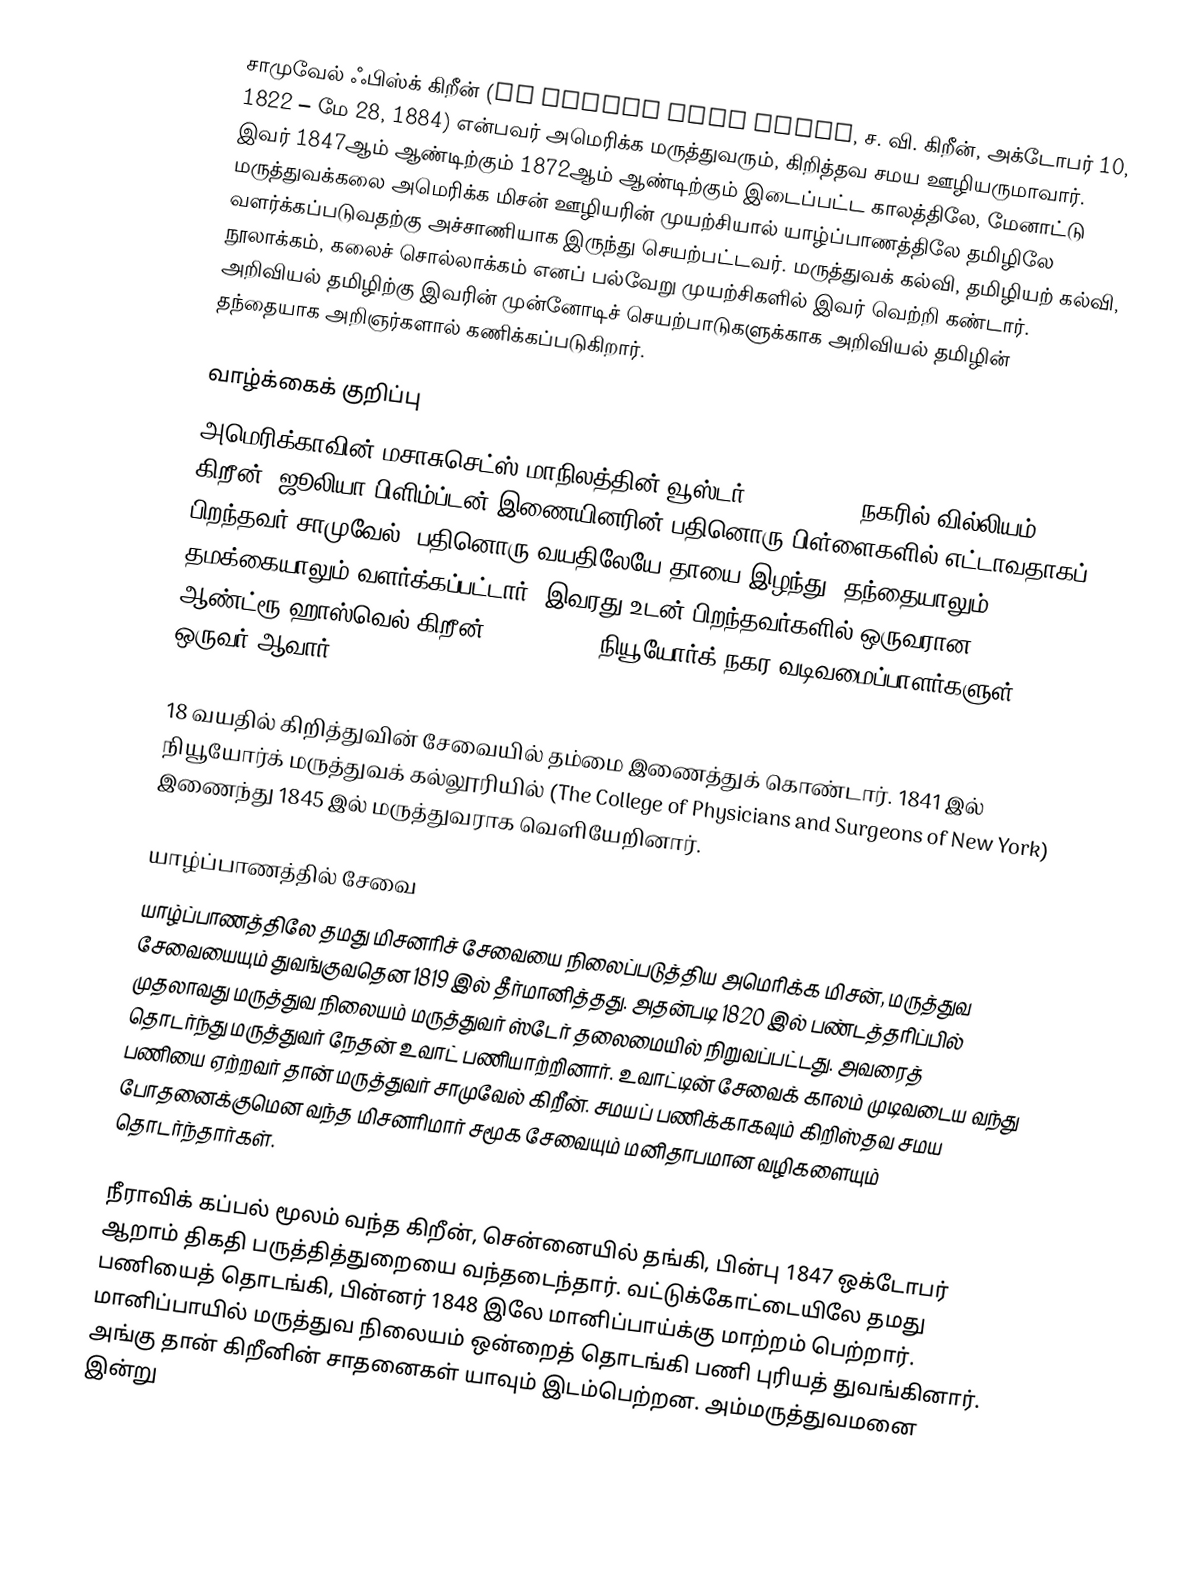
சாமுவேல் ஃபிஸ்க் கிறீன் (Dr Samuel Fisk Green, ச. வி. கிறீன், அக்டோபர் 10, 1822 – மே 28, 1884) என்பவர் அமெரிக்க மருத்துவரும், கிறித்தவ சமய ஊழியருமாவார். இவர் 1847ஆம் ஆண்டிற்கும் 1872ஆம் ஆண்டிற்கும் இடைப்பட்ட காலத்திலே, மேனாட்டு மருத்துவக்கலை அமெரிக்க மிசன் ஊழியரின் முயற்சியால் யாழ்ப்பாணத்திலே தமிழிலே வளர்க்கப்படுவதற்கு அச்சாணியாக இருந்து செயற்பட்டவர். மருத்துவக் கல்வி, தமிழியற் கல்வி, நூலாக்கம், கலைச் சொல்லாக்கம் எனப் பல்வேறு முயற்சிகளில் இவர் வெற்றி கண்டார். அறிவியல் தமிழிற்கு இவரின் முன்னோடிச் செயற்பாடுகளுக்காக அறிவியல் தமிழின் தந்தையாக அறிஞர்களால் கணிக்கப்படுகிறார்.

வாழ்க்கைக் குறிப்பு
அமெரிக்காவின் மசாசுசெட்ஸ் மாநிலத்தின் வூஸ்டர் (Worcester) நகரில் வில்லியம் கிறீன், ஜூலியா பிளிம்ப்டன் இணையினரின் பதினொரு பிள்ளைகளில் எட்டாவதாகப் பிறந்தவர் சாமுவேல். பதினொரு வயதிலேயே தாயை இழந்து, தந்தையாலும் தமக்கையாலும் வளர்க்கப்பட்டார். இவரது உடன் பிறந்தவர்களில் ஒருவரான ஆண்ட்ரூ ஹாஸ்வெல் கிறீன் (1820–1903) நியூயோர்க் நகர வடிவமைப்பாளர்களுள் ஒருவர் ஆவார்.

18 வயதில் கிறித்துவின் சேவையில் தம்மை இணைத்துக் கொண்டார். 1841 இல் நியூயோர்க் மருத்துவக் கல்லூரியில் (The College of Physicians and Surgeons of New York) இணைந்து 1845 இல் மருத்துவராக வெளியேறினார்.

யாழ்ப்பாணத்தில் சேவை
யாழ்ப்பாணத்திலே தமது மிசனரிச் சேவையை நிலைப்படுத்திய அமெரிக்க மிசன், மருத்துவ சேவையையும் துவங்குவதென 1819 இல் தீர்மானித்தது. அதன்படி 1820 இல் பண்டத்தரிப்பில் முதலாவது மருத்துவ நிலையம் மருத்துவர் ஸ்டேர் தலைமையில் நிறுவப்பட்டது. அவரைத் தொடர்ந்து மருத்துவர் நேதன் உவாட் பணியாற்றினார். உவாட்டின் சேவைக் காலம் முடிவடைய வந்து பணியை ஏற்றவர் தான் மருத்துவர் சாமுவேல் கிறீன். சமயப் பணிக்காகவும் கிறிஸ்தவ சமய போதனைக்குமென வந்த மிசனரிமார் சமூக சேவையும் மனிதாபமான வழிகளையும் தொடர்ந்தார்கள்.

நீராவிக் கப்பல் மூலம் வந்த கிறீன், சென்னையில் தங்கி, பின்பு 1847 ஒக்டோபர் ஆறாம் திகதி பருத்தித்துறையை வந்தடைந்தார். வட்டுக்கோட்டையிலே தமது பணியைத் தொடங்கி, பின்னர் 1848 இலே மானிப்பாய்க்கு மாற்றம் பெற்றார். மானிப்பாயில் மருத்துவ நிலையம் ஒன்றைத் தொடங்கி பணி புரியத் துவங்கினார். அங்கு தான் கிறீனின் சாதனைகள் யாவும் இடம்பெற்றன. அம்மருத்துவமனை இன்று